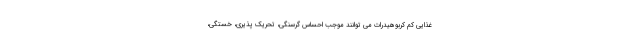
غذایی کم کربوهیدرات می توانند موجب احساس گرسنگی، تحریک پذیری، خستگی،